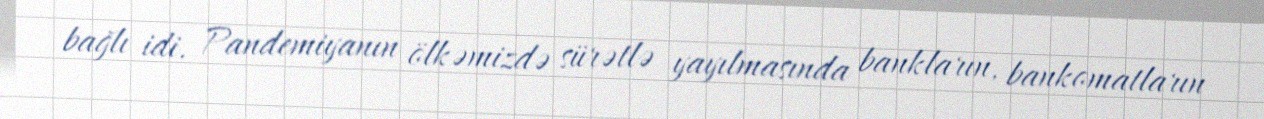
bağlı idi. Pandemiyanın ölkəmizdə sürətlə yayılmasında bankların, bankomatların